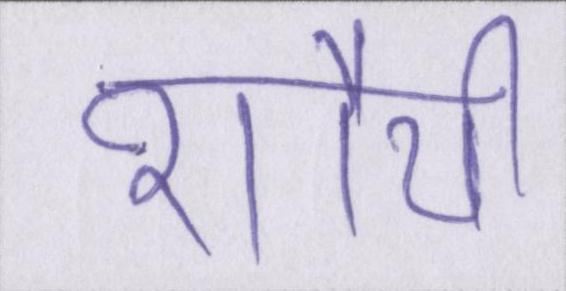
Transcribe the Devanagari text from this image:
शौर्य